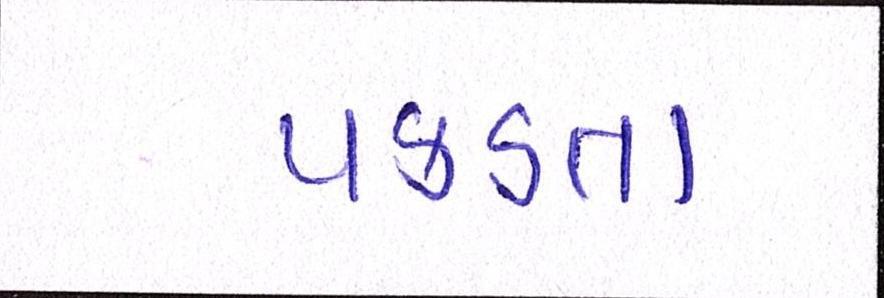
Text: પકડતા